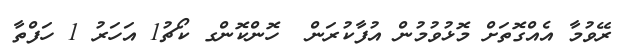
ރޭވުމާ އެއްގޮތަށް މޮޅުވުމުން އުފާކުރަން  ހޮންކޮންގ ކޯޗު1 އަހަރު 1 ހަފްތާ